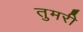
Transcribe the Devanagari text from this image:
तुमरी